Epidemic dropsy in Calcutta - Number 45
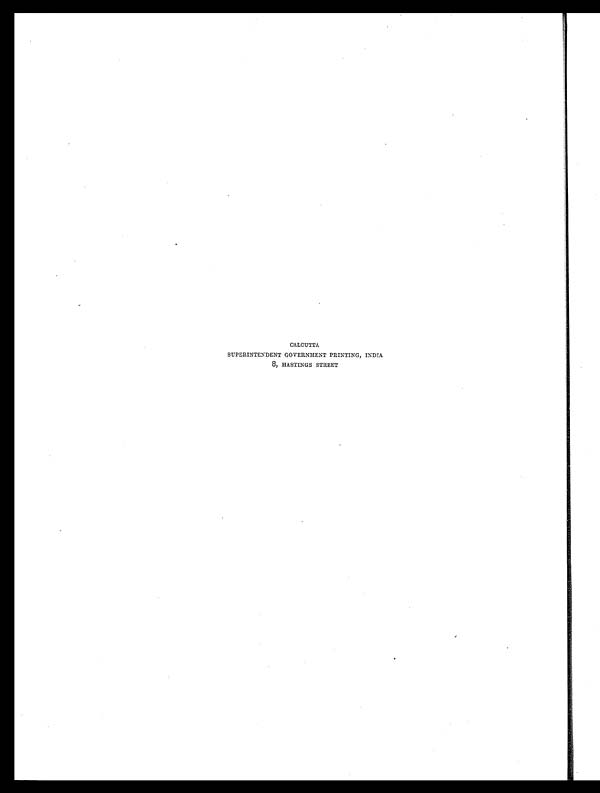
CALCUTTA
SUPERINTENDENT GOVERNMENT PRINTING, INDIA
8, HASTINGS STREET